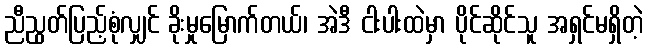
ညီညွတ်ပြည့်စုံလျှင် ခိုးမှုမြောက်တယ်၊ အဲဒီ ငါးပါးထဲမှာ ပိုင်ဆိုင်သူ အရှင်မရှိတဲ့